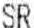
SR